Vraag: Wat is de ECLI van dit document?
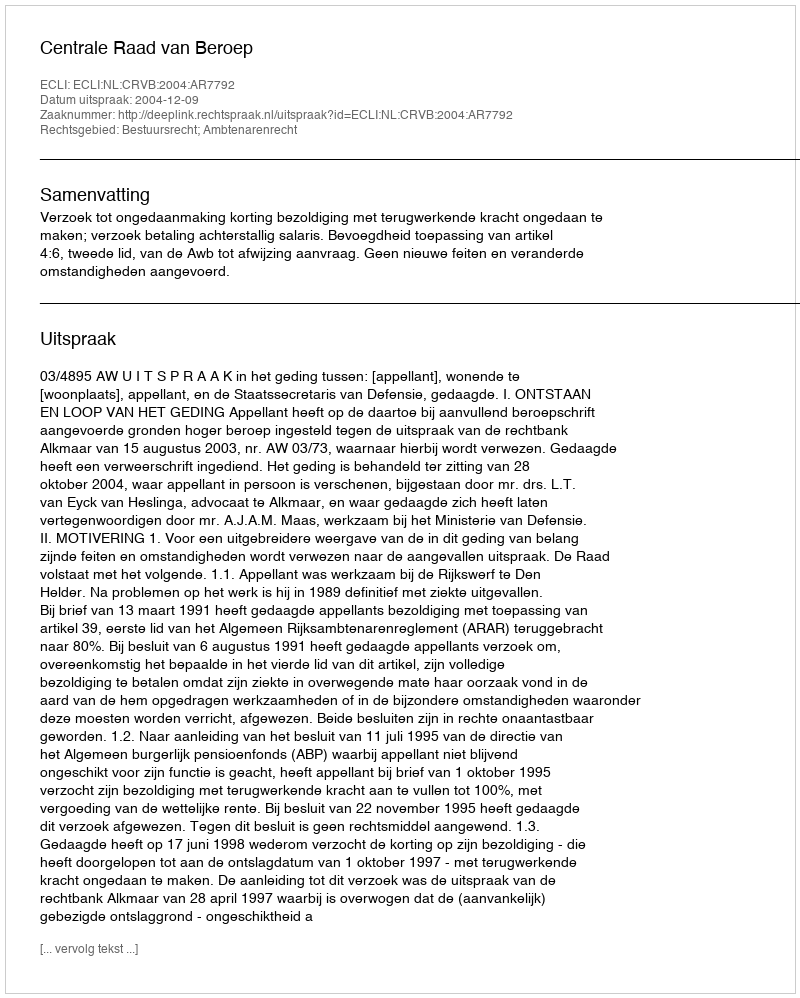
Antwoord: ECLI:NL:CRVB:2004:AR7792